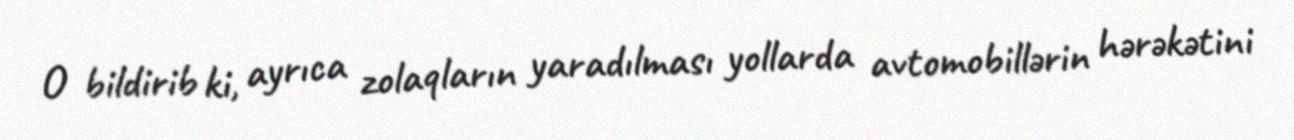
O bildirib ki, ayrıca zolaqların yaradılması yollarda avtomobillərin hərəkətini